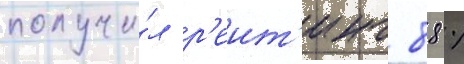
получи́л р'еит'инг 88 %